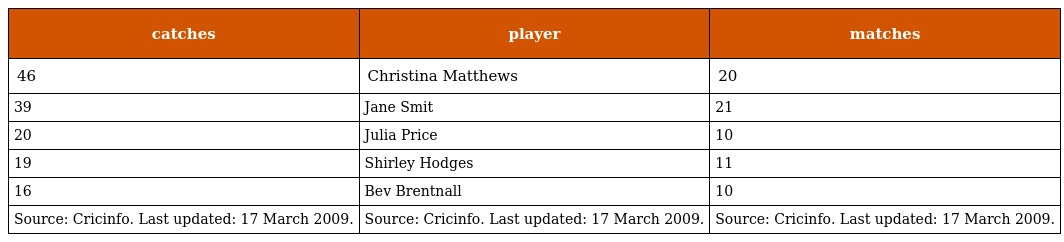
| catches | player | matches |
 | --- | --- | --- |
 | 46 | Christina Matthews | 20 |
 | 39 | Jane Smit | 21 |
 | 20 | Julia Price | 10 |
 | 19 | Shirley Hodges | 11 |
 | 16 | Bev Brentnall | 10 |
 | Source: Cricinfo. Last updated: 17 March 2009. | Source: Cricinfo. Last updated: 17 March 2009. | Source: Cricinfo. Last updated: 17 March 2009. |